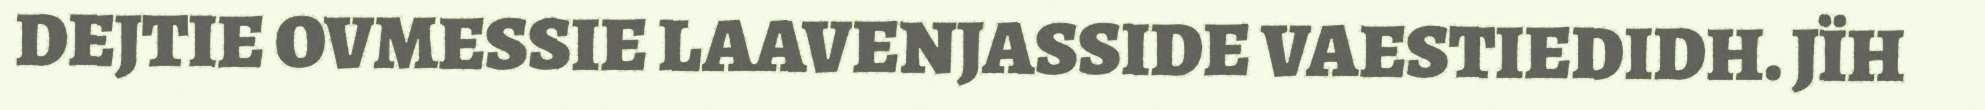
DEJTIE OVMESSIE LAAVENJASSIDE VAESTIEDIDH. JÏH